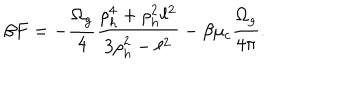
\beta F = - { \frac { \Omega _ { g } } { 4 } } { \frac { \rho _ { h } ^ { 4 } + \rho _ { h } ^ { 2 } \ell ^ { 2 } } { 3 \rho _ { h } ^ { 2 } - \ell ^ { 2 } } } - \beta \mu _ { c } { \frac { \Omega _ { g } } { 4 \pi } } .